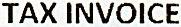
TAX INVOICE